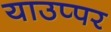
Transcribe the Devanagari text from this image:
याउप्पर